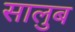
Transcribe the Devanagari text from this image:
सालुब